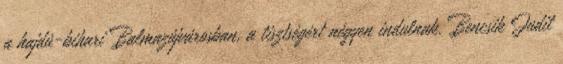
a hajdú-bihari Balmazújvárosban, a tisztségért négyen indulnak. Bencsik Judit